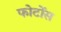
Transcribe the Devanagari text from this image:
फोटोंस